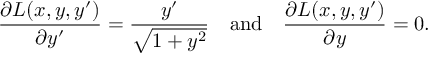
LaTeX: { \frac { \partial L ( x , y , y ^ { \prime } ) } { \partial y ^ { \prime } } } = { \frac { y ^ { \prime } } { \sqrt { 1 + y ^ { 2 } } } } \quad { \mathrm { a n d } } \quad { \frac { \partial L ( x , y , y ^ { \prime } ) } { \partial y } } = 0 .